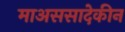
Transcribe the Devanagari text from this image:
माअससादेकीन